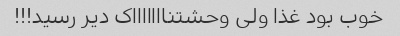
خوب بود غذا ولی وحشتناااااااک دیر رسید!!!